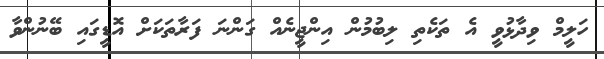
ހަލީމް ވިދާޅުވީ އެ ތަކެތި ލިބުމުން އިންޖީނެއް ގަންނަ ފަރާތަކަށް އޮޑީގައި ބޭނުންވާ